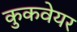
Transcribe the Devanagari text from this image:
कुकवेयर